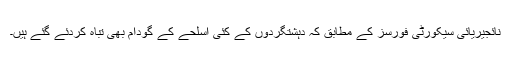
نائجیریائی سیکورٹی فورسز کے مطابق کہ دہشتگردوں کے کئی اسلحے کے گودام بھی تباہ کردئے گئے ہیں۔